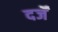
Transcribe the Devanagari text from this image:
दर्जें